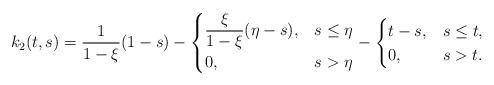
LaTeX: \begin{align*}k_2(t,s)=\dfrac{1}{1-\xi}(1-s)-\begin{cases}\dfrac{\xi}{1-\xi}(\eta -s), & s \le \eta\\ 0,&s>\eta\end{cases} - \begin{cases} t-s, &s\le t, \\ 0,&s>t.\end{cases}\end{align*}